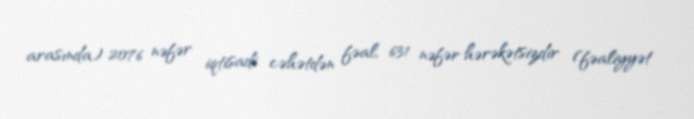
arasında) 2076 nəfər iqtisadi cəhətdən fəal, 631 nəfər hərəkətsizdir (fəaliyyət